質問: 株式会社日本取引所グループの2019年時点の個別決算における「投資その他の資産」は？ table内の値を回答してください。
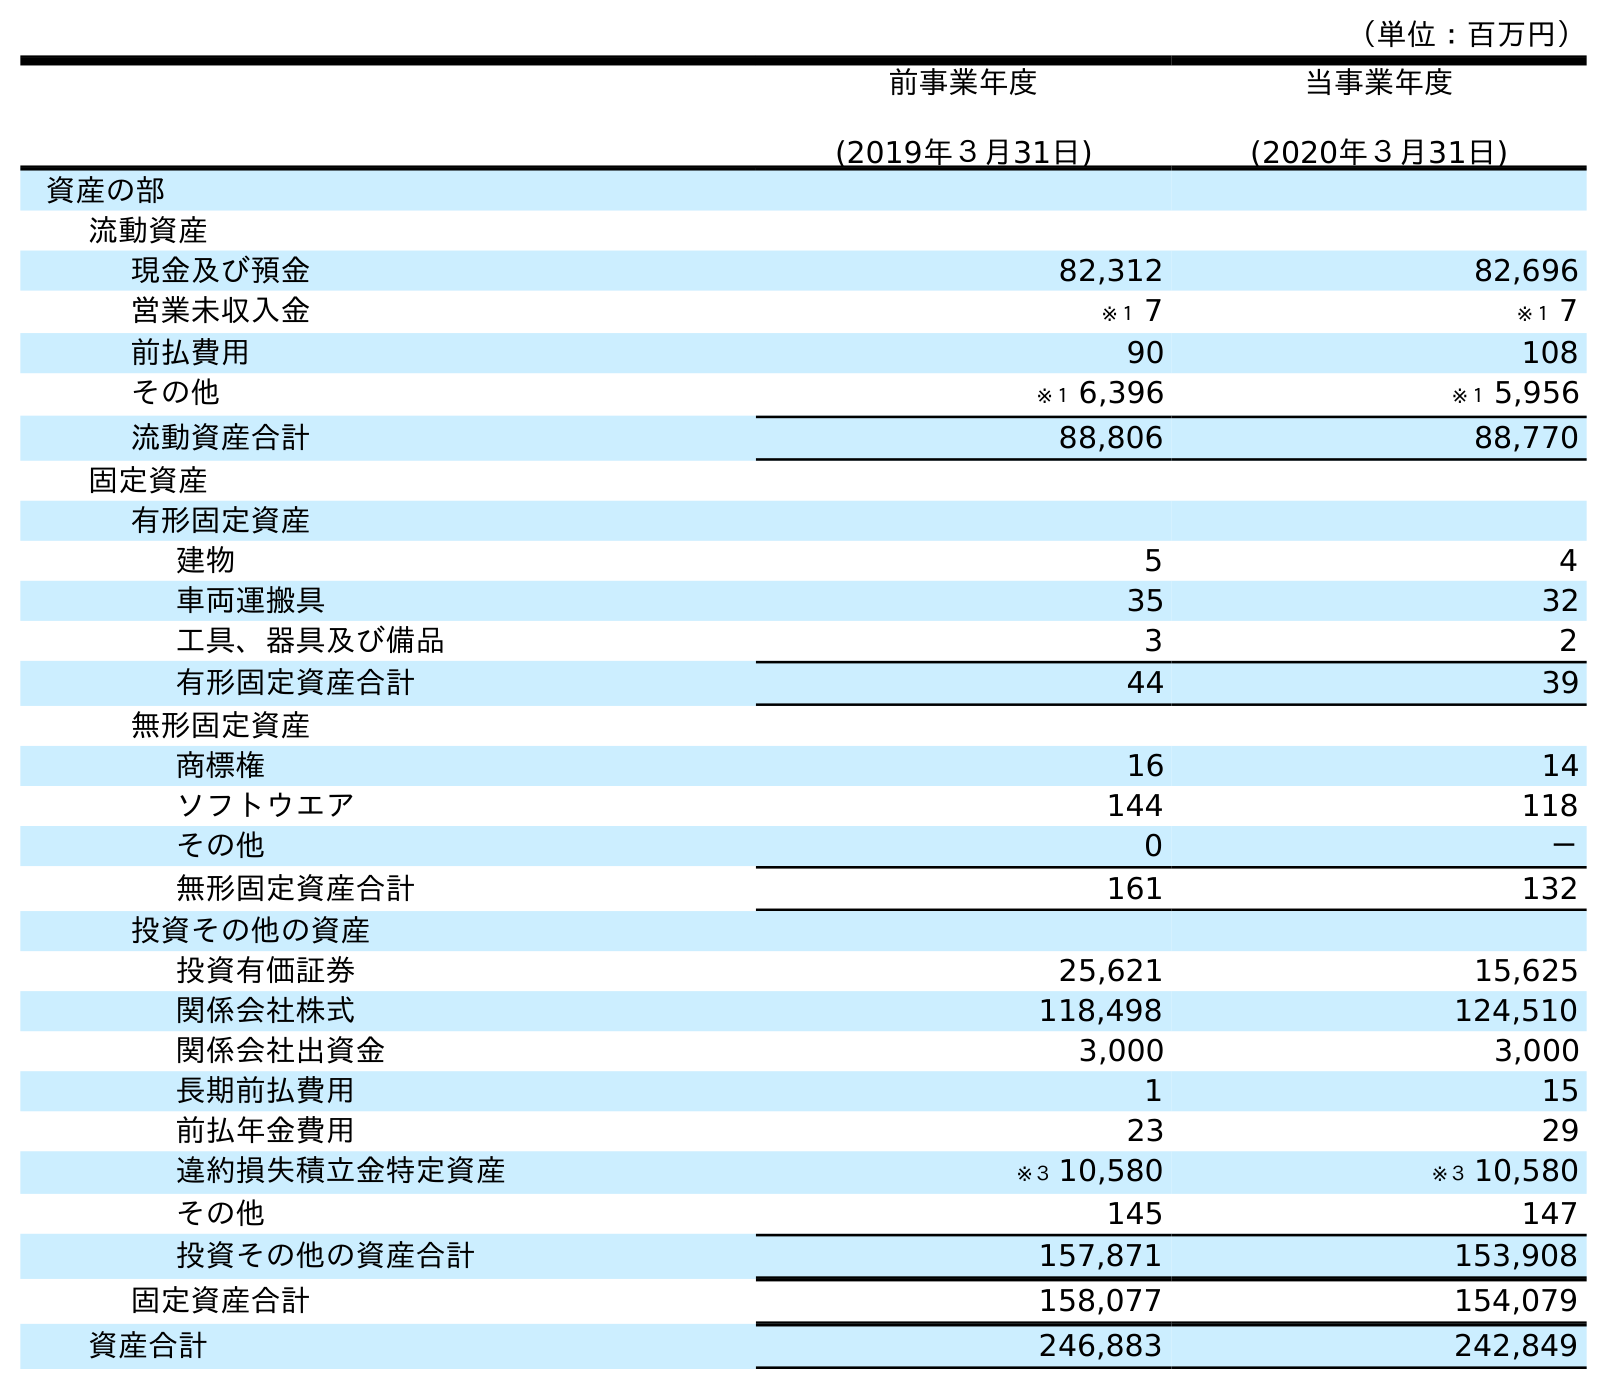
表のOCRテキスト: （単位：百万円） 前事業年度 (2019年３月31日) 当事業年度 (2020年３月31日) 資産の部 流動資産 現金及び預金 82,312 82,696 営業未収入金 ※１ 7 ※１ 7 前払費用 90 108 その他 ※１ 6,396 ※１ 5,956 流動資産合計 88,806 88,770 固定資産 有形固定資産 建物 5 4 車両運搬具 35 32 工具、器具及び備品 3 2 有形固定資産合計 44 39 無形固定資産 商標権 16 14 ソフトウエア 144 118 その他 0 － 無形固定資産合計 161 132 投資その他の資産 投資有価証券 25,621 15,625 関係会社株式 118,498 124,510 関係会社出資金 3,000 3,000 長期前払費用 1 15 前払年金費用 23 29 違約損失積立金特定資産 ※３ 10,580 ※３ 10,580 その他 145 147 投資その他の資産合計 157,871 153,908 固定資産合計 158,077 154,079 資産合計 246,883 242,849
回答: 157,871